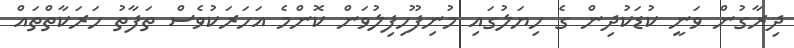
ދިރާގުން ވަނީ ކުޑަކުދިން ގެ ހިޔަލުގައި މުނިފޫހިފިލުވަން ކޮންމެ އަހަރަކުވެސް ތަފާތު ހަރަކާތްތައް